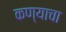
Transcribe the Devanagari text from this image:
कण्याचा